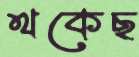
থকেছ